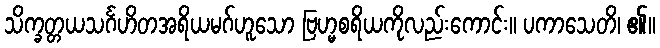
သိက္ခတ္တယသင်္ဂဟိတအရိယမဂ်ဟူသော ဗြဟ္မစရိယကိုလည်းကောင်း။ ပကာသေတိ၊ ၏။